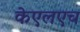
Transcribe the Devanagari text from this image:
केएलएच